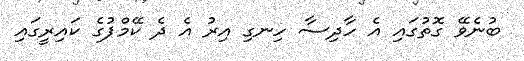
ބުނެވޭ ގޮތުގައި އެ ހާދިސާ ހިނގި އިރު އެ ދެ ކޭމްޕުގެ ކައިރީގައި